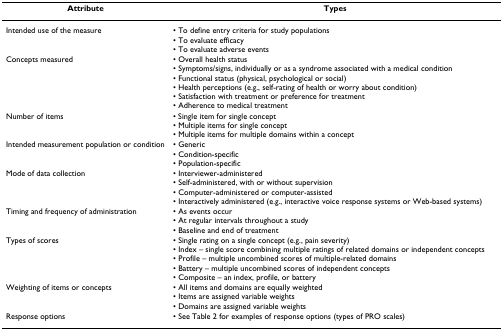
<table><thead><tr><td><b>Attribute</b></td><td><b>Types</b></td></tr></thead><tbody><tr><td>Intended use of the measure</td><td>• To define entry criteria for study populations• To evaluate efficacy• To evaluate adverse events</td></tr><tr><td>Concepts measured</td><td>• Overall health status• Symptoms/signs, individually or as a syndrome associated with a medical condition• Functional status (physical, psychological or social)• Health perceptions (e.g., self-rating of health or worry about condition)• Satisfaction with treatment or preference for treatment• Adherence to medical treatment</td></tr><tr><td>Number of items</td><td>• Single item for single concept• Multiple items for single concept• Multiple items for multiple domains within a concept</td></tr><tr><td>Intended measurement population or condition</td><td>• Generic• Condition-specific• Population-specific</td></tr><tr><td>Mode of data collection</td><td>• Interviewer-administered• Self-administered, with or without supervision• Computer-administered or computer-assisted• Interactively administered (e.g., interactive voice response systems or Web-based systems)</td></tr><tr><td>Timing and frequency of administration</td><td>• As events occur• At regular intervals throughout a study• Baseline and end of treatment</td></tr><tr><td>Types of scores</td><td>• Single rating on a single concept (e.g., pain severity)• Index – single score combining multiple ratings of related domains or independent concepts• Profile – multiple uncombined scores of multiple-related domains• Battery – multiple uncombined scores of independent concepts• Composite – an index, profile, or battery</td></tr><tr><td>Weighting of items or concepts</td><td>• All items and domains are equally weighted• Items are assigned variable weights• Domains are assigned variable weights</td></tr><tr><td>Response options</td><td>• See Table 2 for examples of response options (types of PRO scales)</td></tr></tbody></table>